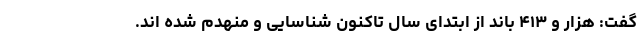
گفت: هزار و ۴۱۳ باند از ابتدای سال تاکنون شناسایی و منهدم شده اند.